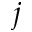
j